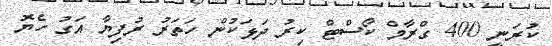
ކުރަނީ 400 ގްރާމް ކޯސްޓް ކިރު ދަޅަކުން ހަތަރު ރުފިޔާ އަގު ހެޔޮ